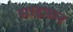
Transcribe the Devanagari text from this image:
साइफ़न